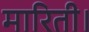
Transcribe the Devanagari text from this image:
मारिती।